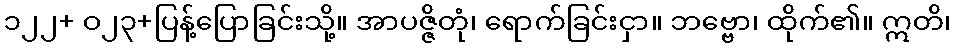
၁၂၂+ ဝ၂၃+ပြန့်ပြောခြင်းသို့။ အာပဇ္ဇိတုံ၊ ရောက်ခြင်းငှာ။ ဘဗ္ဗော၊ ထိုက်၏။ ဣတိ၊